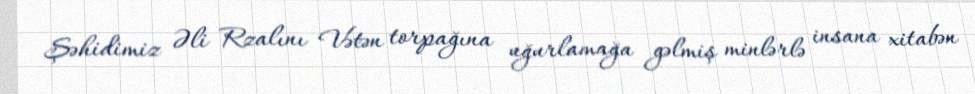
Şəhidimiz Əli Rzalını Vətən torpağına uğurlamağa gəlmiş minlərlə insana xitabən